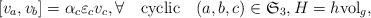
LaTeX: \begin{align*} [v_a,v_b] = \alpha_c \varepsilon_cv_c,\forall\quad\mbox{cyclic}\quad(a,b,c)\in \mathfrak{S}_3,H=h\mathrm{vol}_g,\end{align*}